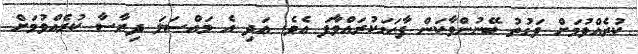
ކުރެއްވުމަށް ވަގުތު ބޭނުންވާކަން ފާހަގަކުރައްވާފަ އެވެ. އަދި އެ މައްސަލަ ދިރާސާ ކުރެއްވުމަށް